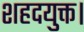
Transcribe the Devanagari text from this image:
शहदयुक्त।